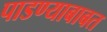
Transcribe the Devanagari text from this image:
पाडण्याबाबत